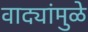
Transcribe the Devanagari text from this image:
वाद्यांमुळे